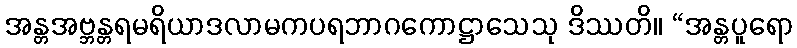
အန္တအဗ္ဘန္တရမရိယာဒလာမကပရဘာဂကောဋ္ဌာသေသု ဒိဿတိ။ “အန္တပူရော